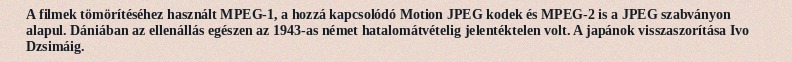
A filmek tömörítéséhez használt MPEG-1, a hozzá kapcsolódó Motion JPEG kodek és MPEG-2 is a JPEG szabványon alapul. Dániában az ellenállás egészen az 1943-as német hatalomátvételig jelentéktelen volt. A japánok visszaszorítása Ivo Dzsimáig.